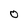
Character: O